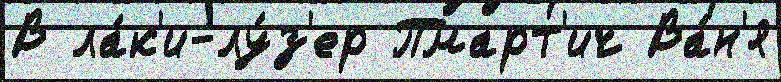
В ла́к'и-лу́з'ер Пмарт'ич Ва́н'я